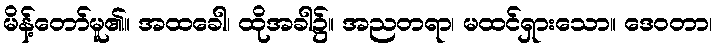
မိန့်တော်မူ၏။ အထခေါ၊ ထိုအခါ၌။ အညတရာ၊ မထင်ရှားသော။ ဒေဝတာ၊